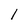
Character: l